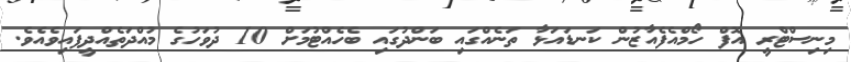
މިނިސްޓްރީ އޮފް ހޯމްއެފެއާޒުން ކަނޑައަޅާ ތަނެއްގައި ބަންދުގައި ބެހެއްޓުމަށް 10 ދުވަހުގެ މުއްދަތެއްދީފައިވެއެވެ.